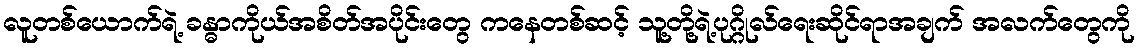
လူတစ်ယောက်ရဲ့ ခန္ဓာကိုယ်အစိတ်အပိုင်းတွေ ကနေတစ်ဆင့် သူ့တို့ရဲ့ပုဂ္ဂိုလ်ရေးဆိုင်ရာအချက် အလက်တွေကို